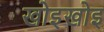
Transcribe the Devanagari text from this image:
खोइखोइ